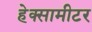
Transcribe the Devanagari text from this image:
हेक्सामीटर